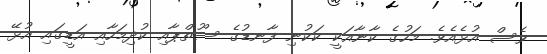
ވެސް އުޅެއެވެ. މަހުގެ ކާނާއަކީ ކަކުނި ފާނޑުގެ ސޫތްޕާއި ކުދިމަހާއި އަޑީގައި އުޅޭ